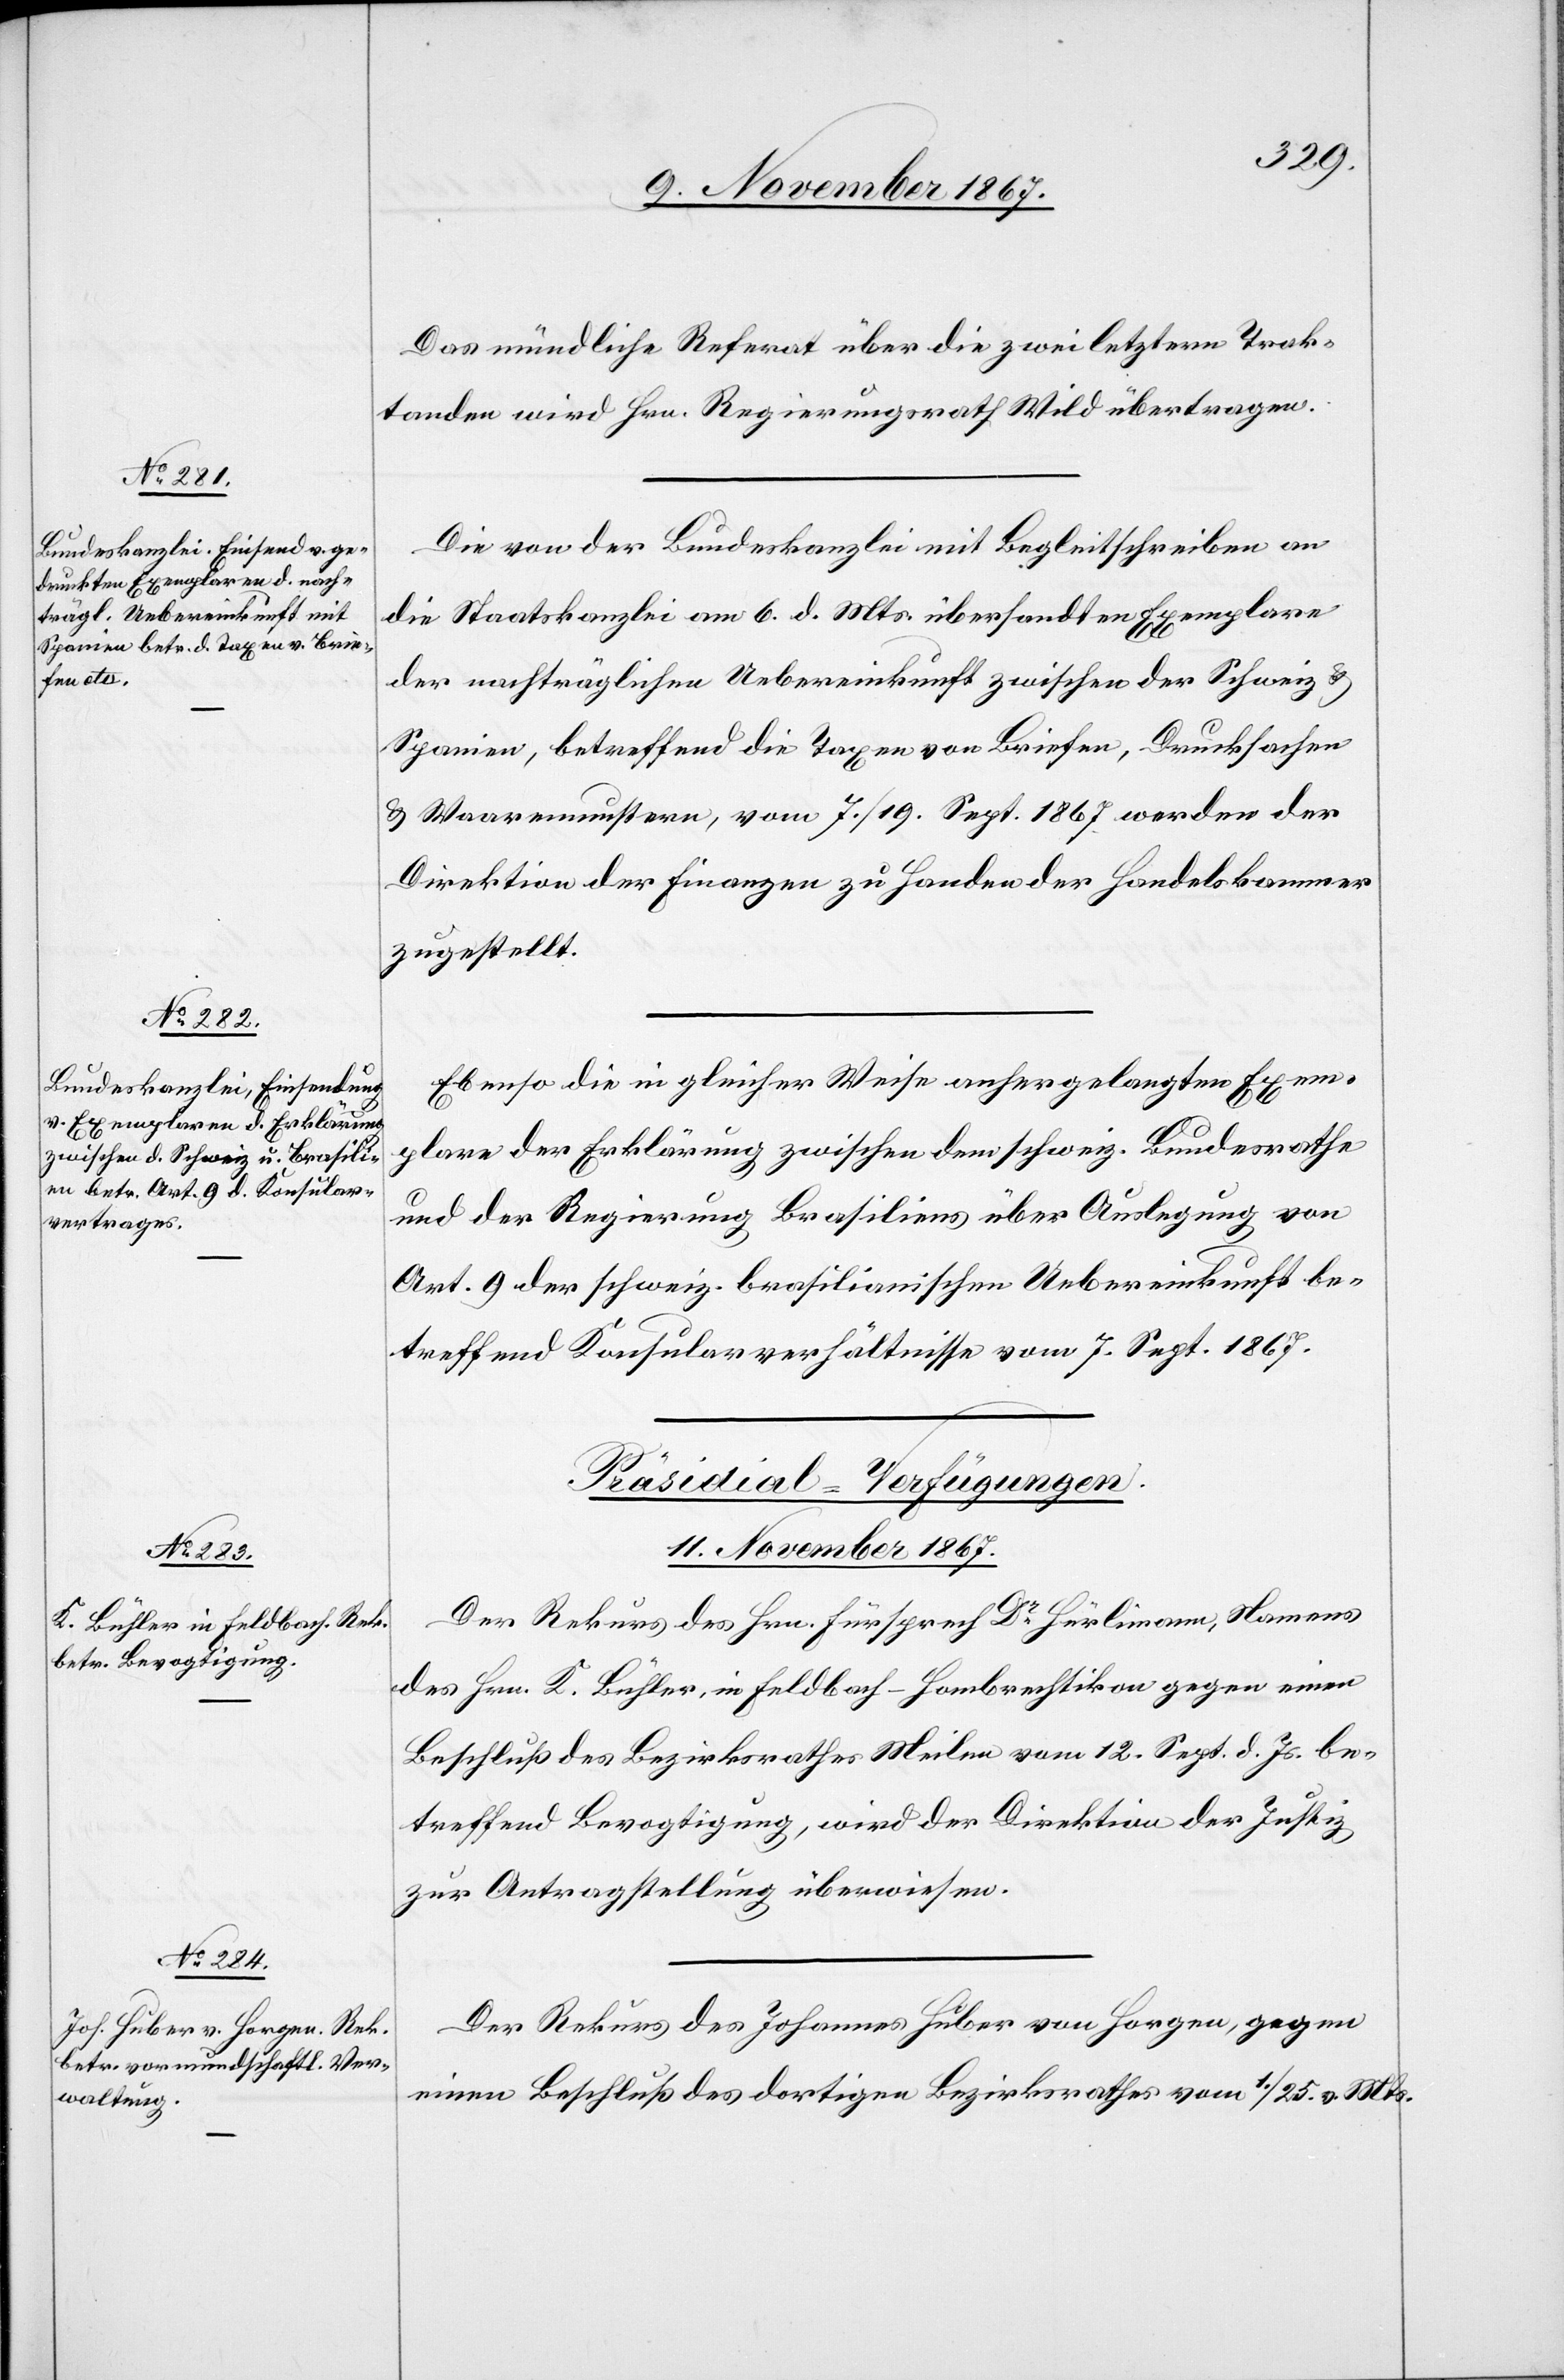
Das mündliche Referat über die zwei letztern Trak¬
tanden wird Hrn. Regierungsrath Wild übertragen.
Die von der Bundeskanzlei mit Begleitschreiben an
die Staatskanzlei am 6. d. Mts. übersandten Exemplare
der nachträglichen Uebereinkunft zwischen der Schweiz u.
Spanien, betreffend die Taxen von Briefen, Drucksachen
u. Waarenmustern, vom 7./19. Sept. 1867 werden der
Direktion der Finanzen zu Handen der Handelskammer
zugestellt.
Ebenso die in gleicher Weise anhergelangten Exem¬
plare der Erklärung zwischen dem schweiz. Bundesrathe
und der Regierung Brasiliens über Auslegung von
Art. 9 der schweiz. brasilianischen Uebereinkunft be¬
treffend Konsularverhältnisse vom 7. Sept. 1867.
[Präsidial-Verfügungen.
11. November 1867.]
Der Rekurs des Hrn. Fürsprech Dr Hürlimann, Namens
des Hrn. K. Bühler, in Feldbach-Hombrechtikon gegen einen
Beschluß des Bezirksrathes Meilen vom 12. Sept. d. Js. be¬
treffend Bevogtigung, wird der Direktion der Justiz
zur Antragstellung überwiesen.
Der Rekurs des Johannes Huber von Horgen, gegen
einen Beschluß des dortigen Bezirksrathes vom 1./25. v. Mts.